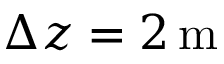
\Delta z = 2 \mathrm { \, m }